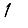
Digit: 1